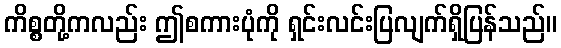
ကိစ္စတို့ကလည်း ဤစကားပုံကို ရှင်းလင်းပြလျက်ရှိပြန်သည်။